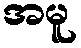
အမူ